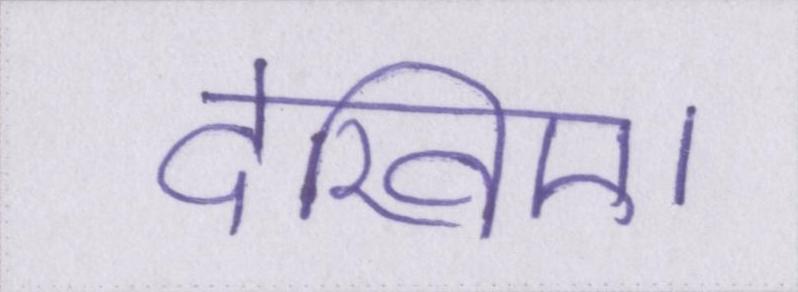
देखिए।